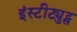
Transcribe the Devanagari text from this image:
इंस्टीट्युट्स